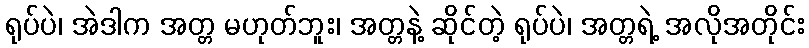
ရုပ်ပဲ၊ အဲဒါက အတ္တ မဟုတ်ဘူး၊ အတ္တနဲ့ ဆိုင်တဲ့ ရုပ်ပဲ၊ အတ္တရဲ့ အလိုအတိုင်း